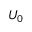
U _ { 0 }